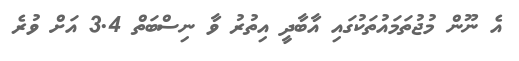
އެ ނޫން މުޖުތަމައުތަކުގައި އާބާދީ އިތުރު ވާ ނިސްބަތް 3.4 އަށް ވުރެ